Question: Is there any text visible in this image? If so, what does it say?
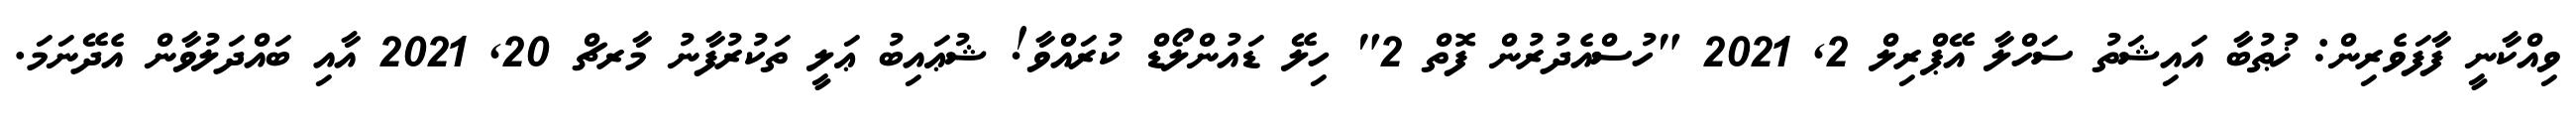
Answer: ވިއްކާނީ ފާފަވެރިން: ޚުޠުބާ އައިޝަތު ސަހްލާ އޭޕްރިލް 2, 2021 "ހުސްއެދުރުން ފޮތް 2" ހިލޭ ޑައުންލޯޑް ކުރައްވާ! ޝުޢައިބު ޢަލީ ތަކުރުފާނު މާރޗް 20, 2021 އާއި ބައްދަލުވާން އެދޭނަމަ.